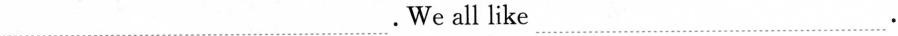
___ .We all like___.